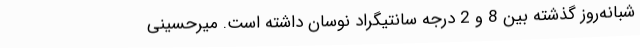
شبانه‌روز گذشته بین 8 و 2 درجه سانتیگراد نوسان داشته است. میرحسینی